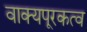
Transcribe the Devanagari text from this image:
वाक्यपूरकत्व